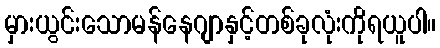
မှားယွင်းသောမန်နေဂျာနှင့်တစ်ခုလုံးကိုရယူပါ။